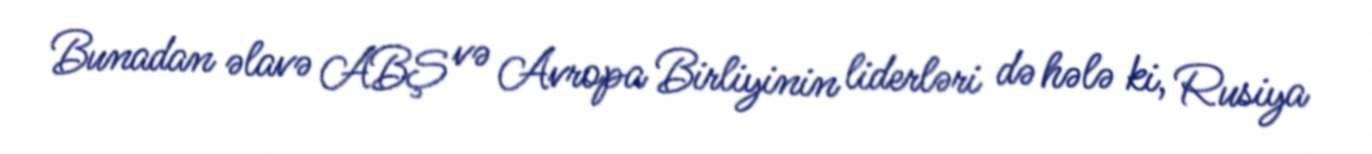
Bunadan əlavə ABŞ və Avropa Birliyinin liderləri də hələ ki, Rusiya